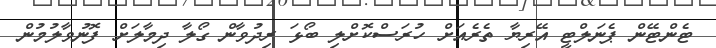
ޓެންޓޭން ޕެނަލްޓީ އޭރިޔާ ތެރެއަށް ހުރަސްކޮށްލި ބޯޅަ ރިދުވާން ގޯލާ ދިމާލަށް ފޮނުވާލުމުން